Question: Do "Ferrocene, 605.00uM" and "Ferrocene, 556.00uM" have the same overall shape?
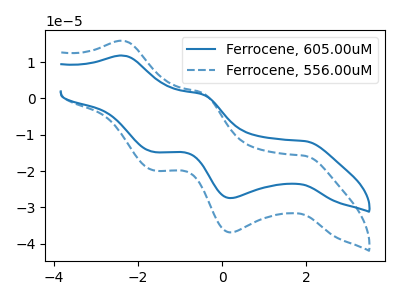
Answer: <think>The blue curve "Ferrocene, 605.00uM" has anodic peaks at (-2.35V, 11.80uA) (-0.50V, 1.15uA) and cathodic peaks at (1.95V, -11.75uA) (0.20V, -27.40uA) (-1.65V, -14.70uA). The blue dashed curve "Ferrocene, 556.00uM" has anodic peaks at (-2.35V, 15.85uA) (-0.50V, 1.55uA) and cathodic peaks at (1.95V, -15.80uA) (0.20V, -36.85uA) (-1.65V, -19.75uA).
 All the peaks in "Ferrocene, 605.00uM" have a peak in "Ferrocene, 556.00uM" at the same potential. Every peak in "Ferrocene, 605.00uM" is lower than every peak in "Ferrocene, 556.00uM".</think>
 <answer>"Ferrocene, 605.00uM" and "Ferrocene, 556.00uM" are similar in shape.</answer>
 <eval>same_shape</eval>